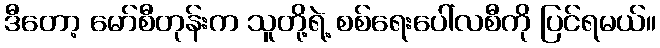
ဒီတော့ မော်စီတုန်းက သူတို့ရဲ့ စစ်ရေးပေါ်လစီကို ပြင်ရမယ်။